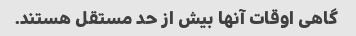
گاهی اوقات آنها بیش از حد مستقل هستند.